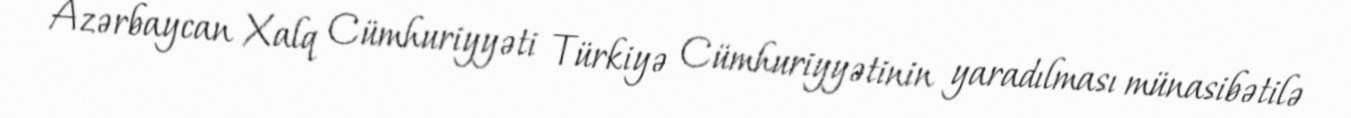
Azərbaycan Xalq Cümhuriyyəti Türkiyə Cümhuriyyətinin yaradılması münasibətilə